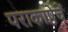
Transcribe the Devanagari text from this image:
पराकाष्ठेचें